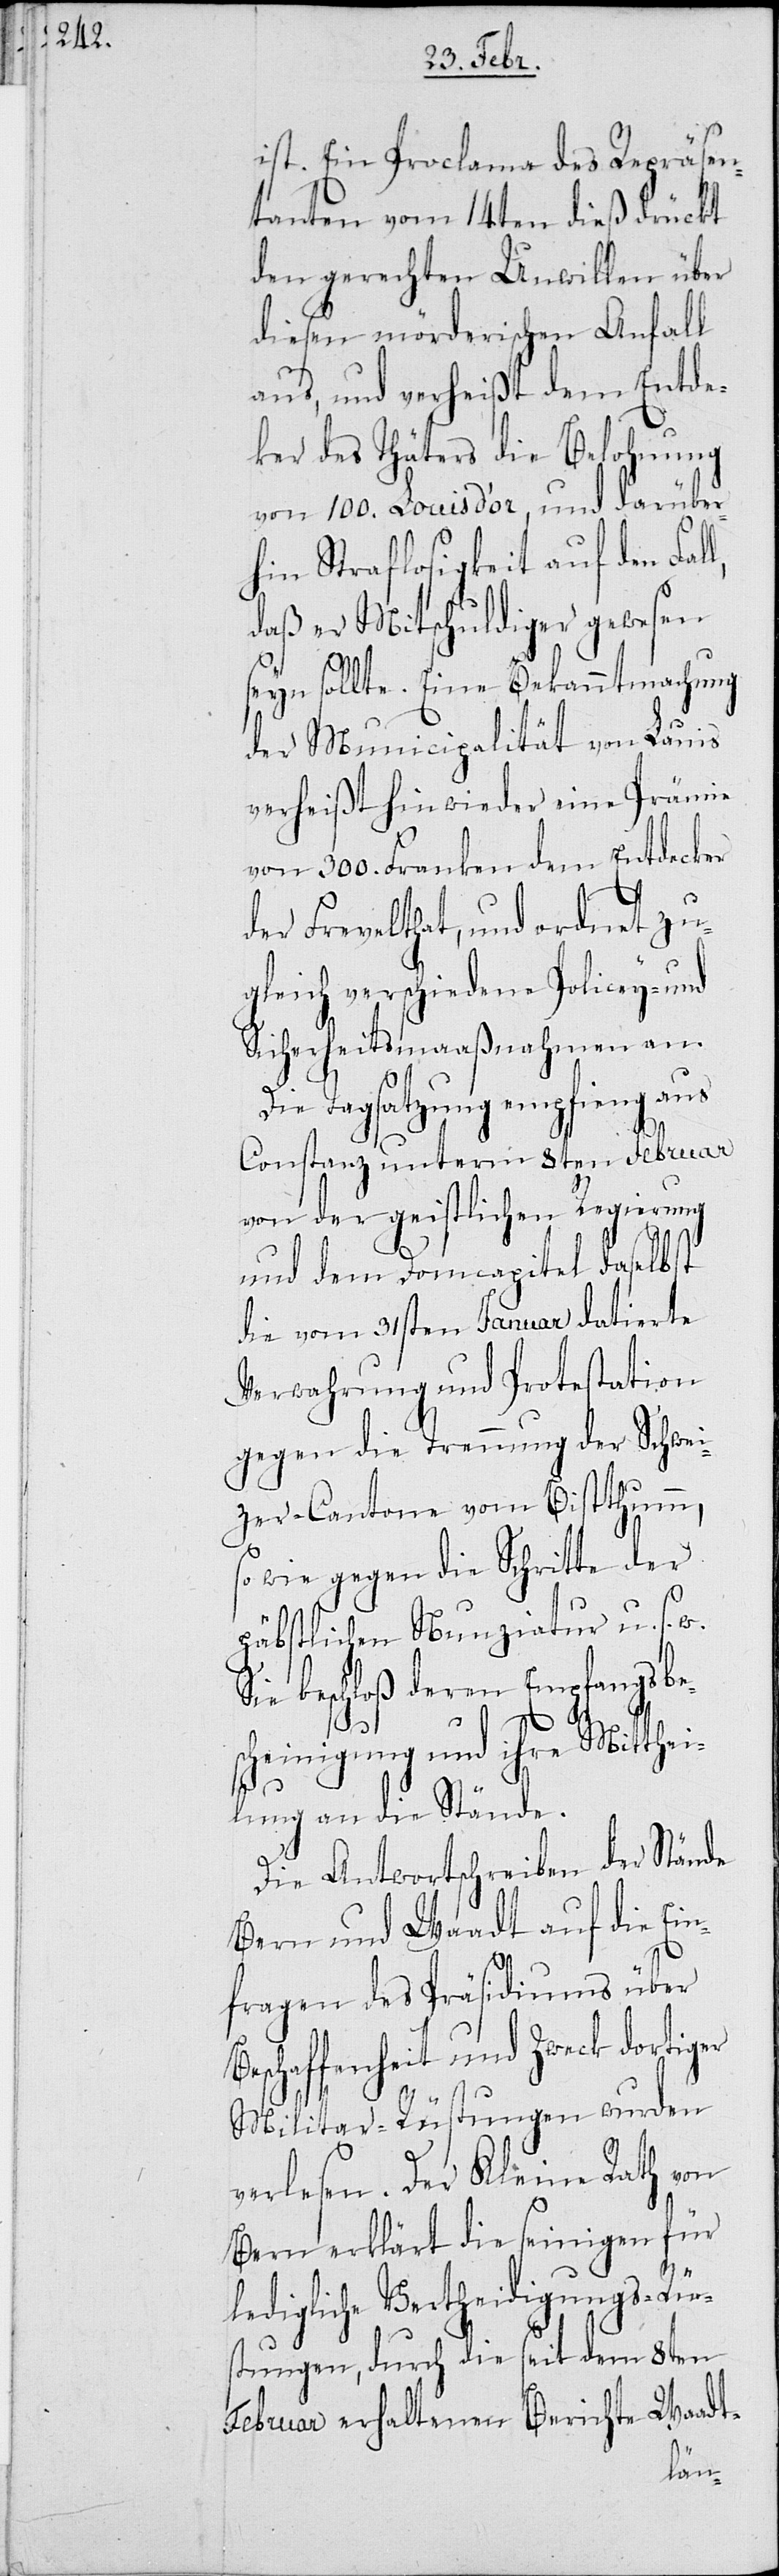
ist. Ein Proclama des Repräsen¬
tanten vom 14ten dieß drückt
den gerechten Unwillen über
diesen mörderischen Anfall
aus, und verheißt dem Entde¬
cker des Thäters die Belohnung
von 100. Louis d’or, und darüber¬
hin Straflosigkeit auf den Fal¬
daß er Mitschuldiger gewesen
seyn sollte. Eine Bekanntmachung
der Municipalität von Lauis
verheißt hinwieder eine Prämie
von 300. Franken dem Entdecker
der Frevelthat, und ordnet zu¬
gleich verschiedene Policey- und
Sicherheitsmaaßnahmen an.
Die Tagsatzung empfieng aus
Constanz unterm 8ten Februar
von der geistlichen Regierung
und dem Domcapitel daselbst
die vom 31sten Januar datierte
Verwahrung und Protestation
gegen die Trennung der Schwei¬
zer-Cantone vom Bistthumm,
so wie gegen die Schritte der
päbstlichen Nunziatur u. s.
Sie beschloß deren Empfangsbe¬
scheinigung und ihre Mitthei¬
lung an die Stände.
Die Antwortschreiben der Stände
Bern und Waadt auf die Ein¬
fragen des Präsidiums über
Beschaffenheit und Zweck dortiger
Militar-Rüstungen wurden
verlesen. Der Kleine Rath von
Bern erklärt die seinigen für
ledigliche Verteidigungs-Rüs¬
tungen, durch die seit dem 8ten
Februar erhaltenen Berichte Waadt-
l,